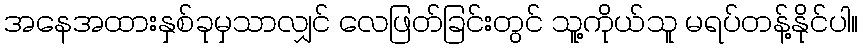
အနေအထားနှစ်ခုမှသာလျှင် လေဖြတ်ခြင်းတွင် သူ့ကိုယ်သူ မရပ်တန့်နိုင်ပါ။